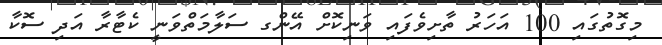
މިގޮތުގައި 100 އަހަރު ތާށިވެފައި ވަނިކޮށް އޭންގ ސަލާމަތްވަނީ ކެޓާރާ އަދި ސޮކާ